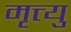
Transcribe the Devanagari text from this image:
मृत्त्यु